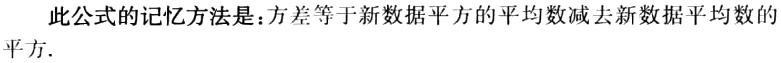
此公式的记忆方法是：方差等于新数据平方的平均数减去新数据平均数的平方．